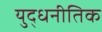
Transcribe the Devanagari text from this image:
युद्धनीतिक